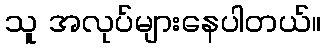
သူ အလုပ်များနေပါတယ်။